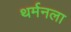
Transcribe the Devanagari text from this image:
थर्मनला